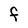
Character: F